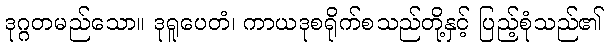
ဒုဂ္ဂတမည်သော။ ဒုရူပေတံ၊ ကာယဒုစရိုက်စသည်တို့နှင့် ပြည့်စုံသည်၏